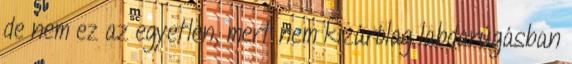
de nem ez az egyetlen, mert nem kizárólag labdarúgásban